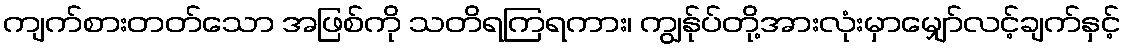
ကျက်စားတတ်သော အဖြစ်ကို သတိရကြရကား၊ ကျွန်ုပ်တို့အားလုံးမှာမျှော်လင့်ချက်နှင့်